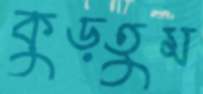
কুড়তুম